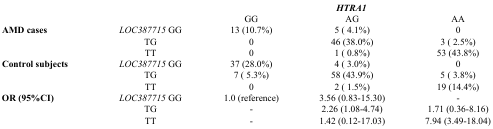
<table><thead><tr><td></td><td></td><td colspan="3"><b><i>HTRA1</i></b></td></tr></thead><tbody><tr><td></td><td></td><td>GG</td><td>AG</td><td>AA</td></tr><tr><td><b>AMD cases</b></td><td><i>LOC387715</i> GG</td><td>13 (10.7%)</td><td>5 ( 4.1%)</td><td>0</td></tr><tr><td></td><td>TG</td><td>0</td><td>46 (38.0%)</td><td>3 ( 2.5%)</td></tr><tr><td></td><td>TT</td><td>0</td><td>1 ( 0.8%)</td><td>53 (43.8%)</td></tr><tr><td><b>Control subjects</b></td><td><i>LOC387715</i> GG</td><td>37 (28.0%)</td><td>4 ( 3.0%)</td><td>0</td></tr><tr><td></td><td>TG</td><td>7 ( 5.3%)</td><td>58 (43.9%)</td><td>5 ( 3.8%)</td></tr><tr><td></td><td>TT</td><td>0</td><td>2 ( 1.5%)</td><td>19 (14.4%)</td></tr><tr><td><b>OR (95%CI)</b></td><td><i>LOC387715</i> GG</td><td>1.0 (reference)</td><td>3.56 (0.83-15.30)</td><td>-</td></tr><tr><td></td><td>TG</td><td>-</td><td>2.26 (1.08-4.74)</td><td>1.71 (0.36-8.16)</td></tr><tr><td></td><td>TT</td><td>-</td><td>1.42 (0.12-17.03)</td><td>7.94 (3.49-18.04)</td></tr></tbody></table>